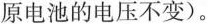
原电池的电压不变）。